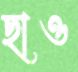
ছাও